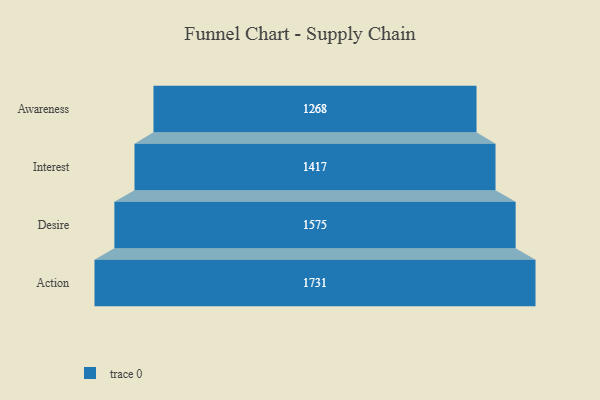
{"axis": {"x": "Stage", "y": "Value"}, "legend": [""], "data": [{"x": "Awareness", "y": 1268.0, "type": ""}, {"x": "Interest", "y": 1417.0, "type": ""}, {"x": "Desire", "y": 1575.0, "type": ""}, {"x": "Action", "y": 1731.0, "type": ""}]}